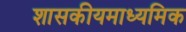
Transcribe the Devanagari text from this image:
शासकीयमाध्यमिक